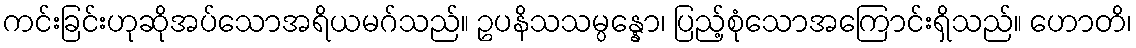
ကင်းခြင်းဟုဆိုအပ်သောအရိယမဂ်သည်။ ဥပနိသသမ္ပန္နော၊ ပြည့်စုံသောအကြောင်းရှိသည်။ ဟောတိ၊